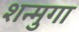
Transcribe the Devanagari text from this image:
शन्मुगा